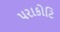
પરાકોટિ